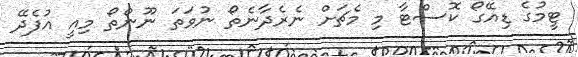
ޓީމުގެ ޑިއޭގޯ ކޮސްޓާ މި މެޗަށް ނެރެދާނެތޯ ނުވަތަ ނޫންތޯ މިއީ އުފެދޭ